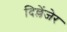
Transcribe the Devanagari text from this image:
दिल्लेंजेर